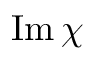
\operatorname { I m } \chi